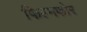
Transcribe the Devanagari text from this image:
फिल्मफोर